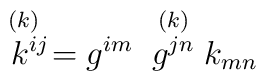
\stackrel{(k)\;\;}{k^{ij}}={g^{im}}\;\stackrel{(k)}{g^{jn}}k_{mn}